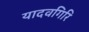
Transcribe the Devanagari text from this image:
यादवगिरि